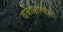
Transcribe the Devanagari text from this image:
वकीलातींशी